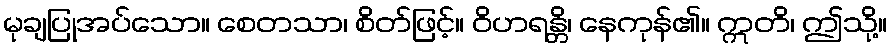
မုချပြုအပ်သော။ စေတသာ၊ စိတ်ဖြင့်။ ဝိဟရန္တိ၊ နေကုန်၏။ ဣတိ၊ ဤသို့။